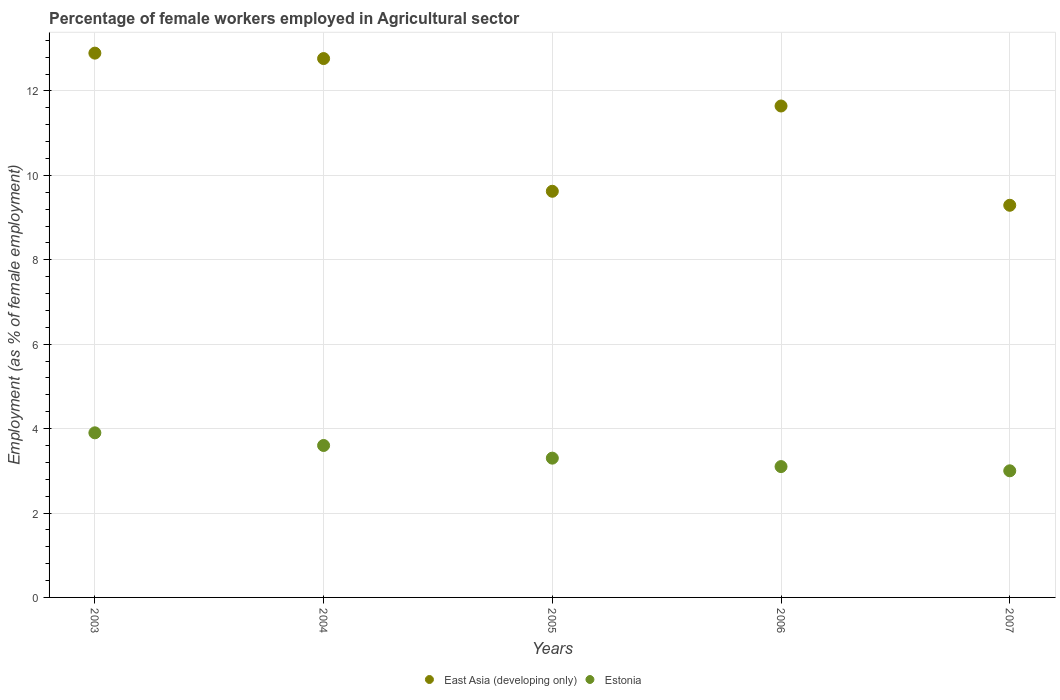
| Years | East Asia (developing only) | Estonia |
 | --- | --- | --- |
 | 2003 | 12.9 | 3.9 |
 | 2004 | 12.8 | 3.6 |
 | 2005 | 9.62 | 3.3 |
 | 2006 | 11.6 | 3.1 |
 | 2007 | 9.29 | 3 |